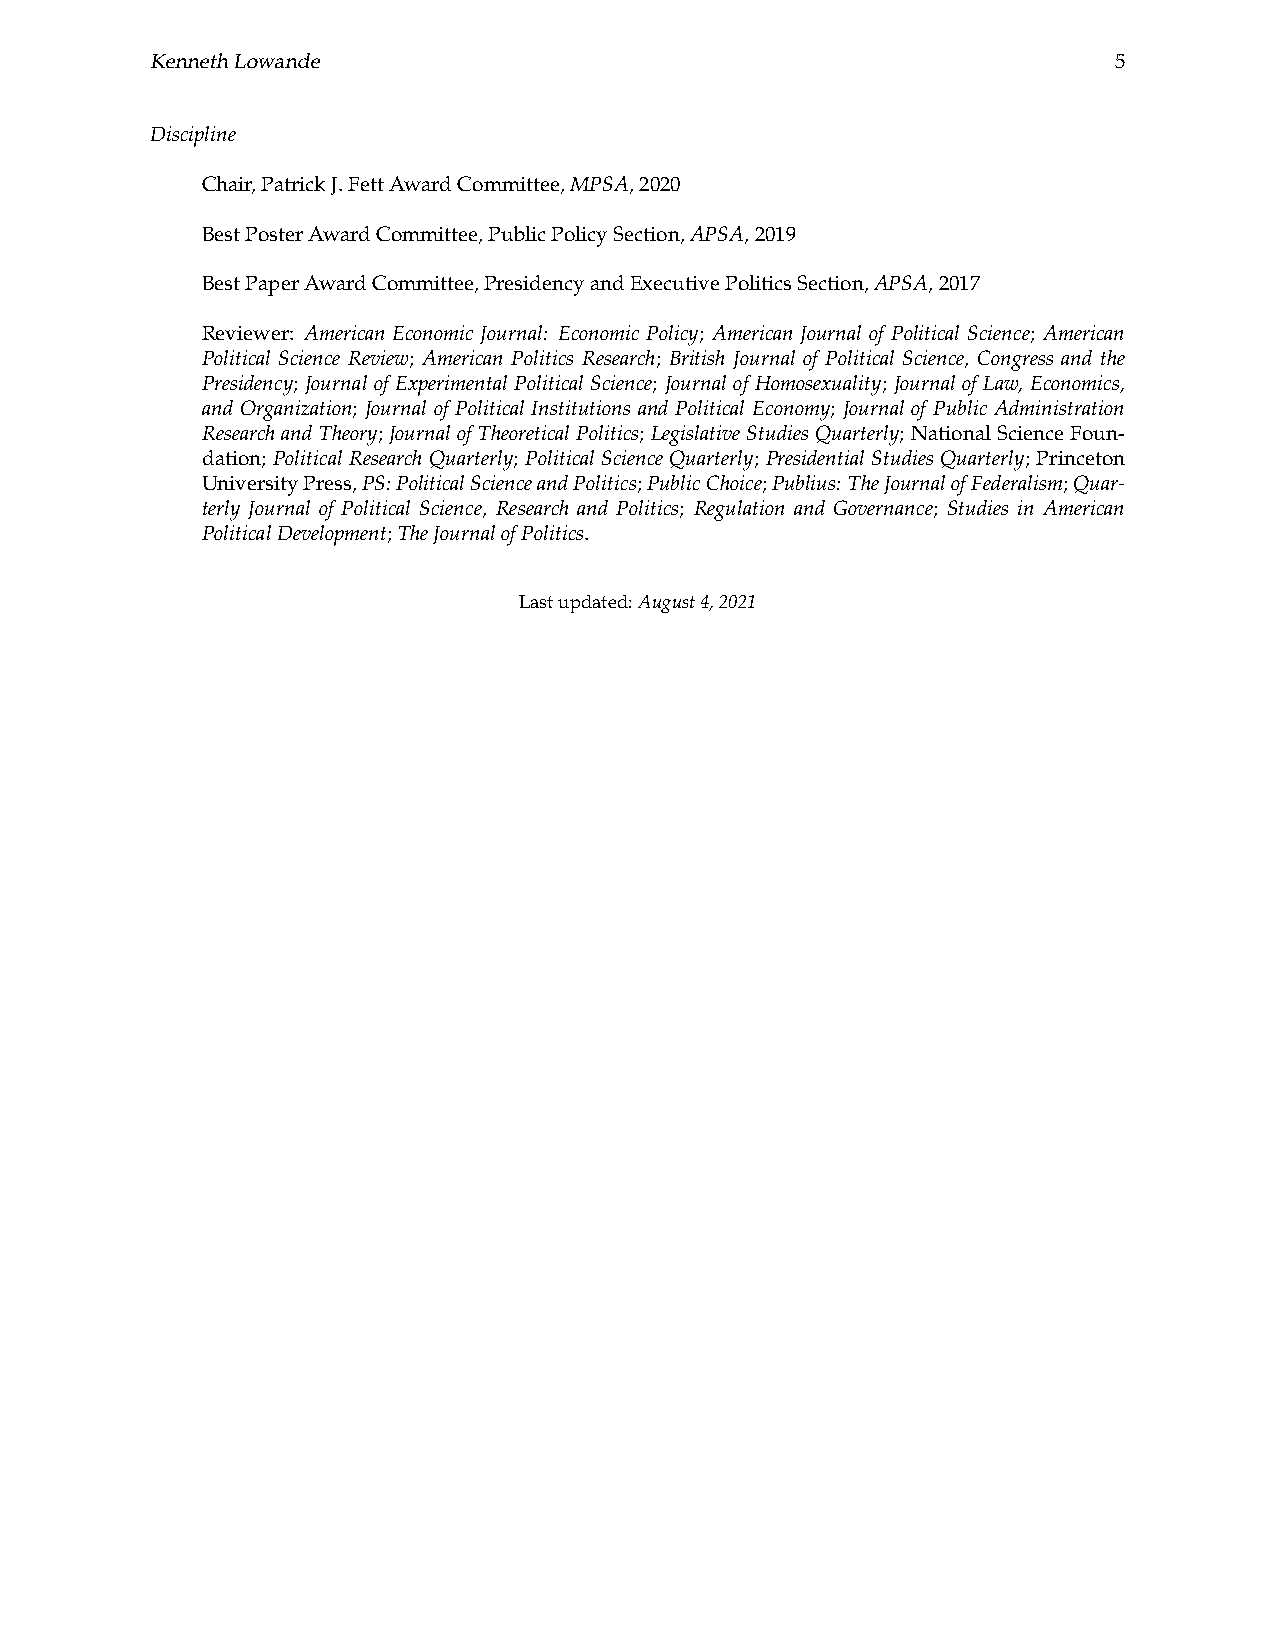
KennethLowande                                                  5
 Discipline
 Chair,PatrickJ.FettAwardCommittee,MPSA,2020
 BestPosterAwardCommittee,PublicPolicySection,APSA,2019
 BestPaperAwardCommittee,PresidencyandExecutivePoliticsSection,APSA,2017
 Reviewer: American Economic Journal: Economic Policy; American Journal of Political Science; American
 Political Science Review; American Politics Research; British Journal of Political Science, Congress and the
 Presidency; Journal of Experimental Political Science; Journal of Homosexuality; Journal of Law, Economics,
 and Organization; Journal of Political Institutions and Political Economy; Journal of Public Administration
 ResearchandTheory; JournalofTheoreticalPolitics; LegislativeStudiesQuarterly; NationalScienceFoun-
 dation; Political Research Quarterly; Political Science Quarterly; Presidential Studies Quarterly; Princeton
 UniversityPress,PS:PoliticalScienceandPolitics;PublicChoice;Publius: TheJournalofFederalism;Quar-
 terly Journal of Political Science, Research and Politics; Regulation and Governance; Studies in American
 PoliticalDevelopment;TheJournalofPolitics.
 Lastupdated:August4,2021